Annual report of the Civil Veterinary Department, Bengal, for the year 1897-98 - 1897-1898
Year: 1897
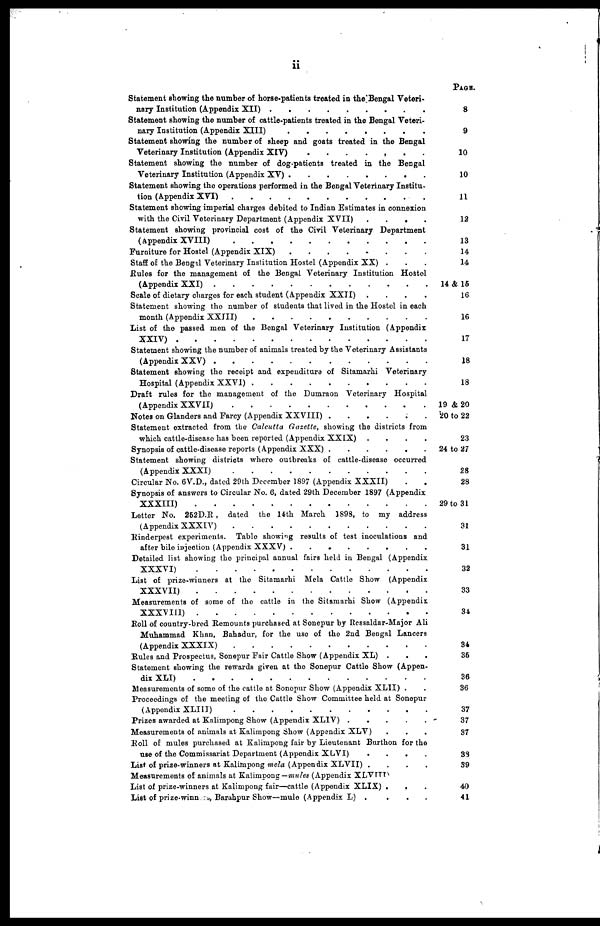
ii
Statement showing the number of horse-patients treated in the Bengal Veteri-
nary Institution (Appendix XII) . . . . . . . .
Statement showing the number of cattle-patients treated in the Bengal Veteri-
nary Institution (Appendix XIII) . . . . . . . .
Statement showing the number of sheep and goats treated in the Bengal
Veterinary Institution (Appendix XIV)
.......
Statement showing the number of dog-patients treated in the Bengal
Veterinary Institution (Appendix XV) . . . .. . . . .
Statement showing the operations performed in the Bengal Veterinary Institu-
tion (Appeindix XVI) . . . .. . . . . . . . .
Statement showing imperial charges debited to Indian Estimates in connexion
with the Civil Veterinary Department (Appendix XVII) . . . . . . .
Statement showing provincial cost of the Civil Veterinary Department
(Appendix XVIII) . . . . . . . . .. . ..
Furniture for Hostel (Appendix XIX)
.
.
.
.
.
.
.
.
.
.
Staff of the Bengal Veterinary Institution Hostel (Appendix XX) ...
Rules for the management of the Bengal Veterinary Institution Hostel
(Appendix XXI) . . . .. . . . . . . . .
Scale of dietary charges for each student (Appendix XXII) . . . . . .
Statement showing the number of students that lived in the Hostel in each
month (Appendix XXIII) . . .. . . . . . . . . . . .
List of the passed men of the Bengal Veterinary Institution (Appendix
XXIV) . . . . . . . . . . . . . . . . .
Statement showing the number of animals treated by the Veterinary Assistants
(Appendix XXV) . . . . . . . . . . . ..
Statement showing the receipt and expenditure of Sitamarhi Veterinary
Hospital (Appendix XXVI) . . .. . . .. . .. . . . . . . . . . . .
Draft rules for the management of the Dumraon Veterinary Hospital
(Appendix XXVII) . . . . . . . . . . . . . .
Notes on Glanders and Farcy (Appendix XXVIII)
......
Statement extracted from the Calcutta Gazette, showing the districts from
which cattle-disease has been reported (Appendix XXIX) . . . . . . . .
Synopsis of cattle-disease reports (Appendix XXX) . . . . . . . . . . .
Statement showing districts where outbreaks of cattle-disease occurred
(Appendix XXXI) . . . . . . . . . . . .
Circular No. 6V.D., dated 29th December 1897 (Appendix XXXII) . . . . . . . .
Synopsis of answers to Circular No. 6, dated 29th December 1897 (Appendix
XXXIII) . . . . . . . . . . . . . . . . . . . . . .
Letter No. 252D.R , dated
the 14th March
1893, to my address
(Appendix XXXIV) . . . . . . . . . . . .
Rinderpest experiments. Table showing results of test inoculations and
after bile injection (Appendix XXXV) . . . . . . . . . . .
Detailed list showing the principal annual fairs held in Bengal (Appendix
XXXVI)
.
.
.
.
.
.
.
.
.
.
.
.
.
.
.
.
.
.
List of prize-winners at the Sitamarhi Mela Cattle Show (Appendix
XXXVII)
.
.
.
.
.
.
.
.
.
.
.
.
.
.
.
.
Measurements of some of the cattle in the Sitamarhi Show (Appendix
XXXVIII) . . . . . . . . . . . . . . . . .
Roll of country-bred Remounts purchased at Sonepur by Ressaldar-Major Ali
Muhammad Khan, Bahadur, for the use of the 2nd Bengal Lancers
(Appendix XXXIX)
...........
Rules and Prospectus, Sonepur Fair Cattle Show (Appendix XL) . .. . . . . .
Statement showing the rewards given at the Sonepur Cattle Show (Appen-
dix XLI) . . . . . . . . . . . .
Measurements of some of the cattle at Sonepur Show (Appendix XLII) . . .
Proceedings of the meeting of the Cattle Show Committee held at Sonepur
(Appendix XLIII) . . . . . . . . . . .
Prizes awarded at Kalimpong Show (Appendix XLIV) . . . . . .. .
Measurements of animals at Kalimpong show (Appendix XLV) . . . . . . .
Roll of mules purchased at Kalimpong fair by Lieutenant Burthon for the
use of the Commissariat Department (Appendix XLVI) . . . . . .
List of prize-winners at Kalimpong mela. (Appendix XLVII)
Measurements of animals at Kalimpong— mules (Appendix XLVIII)
List of prize-winners at Kalimpong fair—cattle (Appendix XLIX) . . .
List of prize-winners, Barahpur Show—mule (Appendix L) . . . . . . .
PAGE.
8
9
10
10
11
12
13
14
14
14 & 15
16
16
17
18
18
19 & 20
20 to 22
23
24 to 27
28
28
29 to 31
31
31
32
33
34
34
36
36
36
37
37
37
38
39
40
41